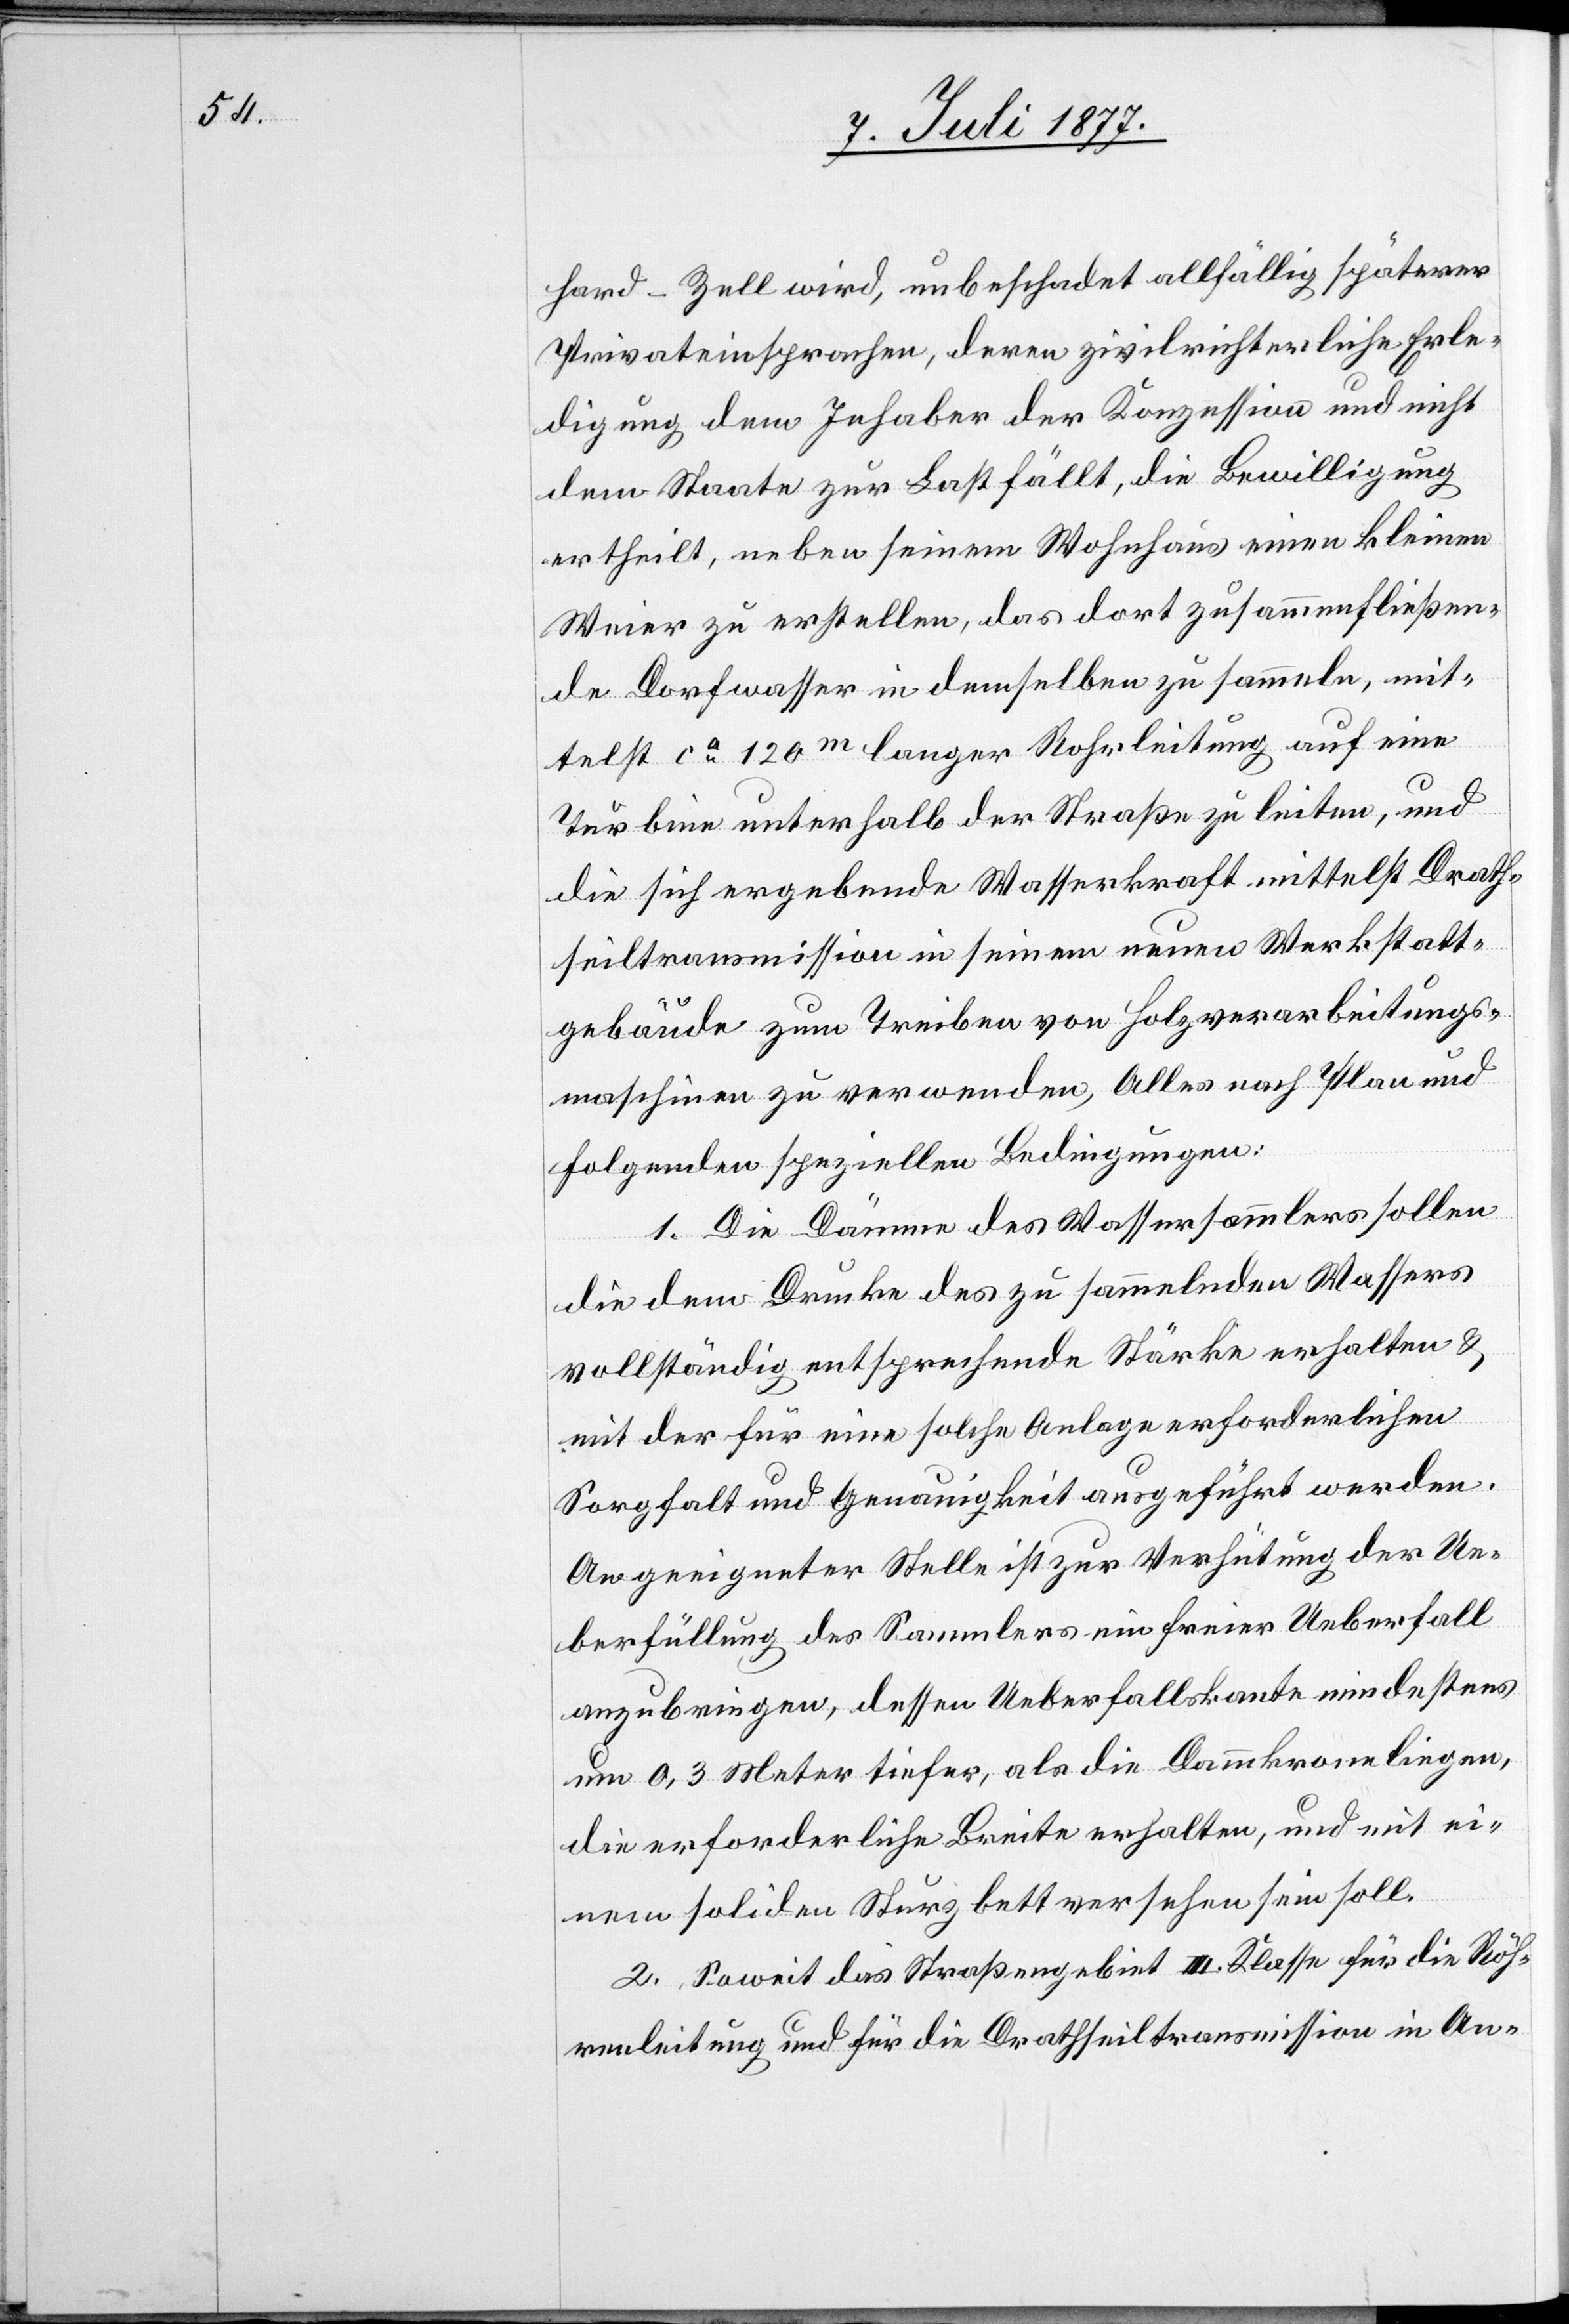
hard - Zell wird, unbeschadet allfällig späterer
Privateinsprachen, deren zivilrichterliche Erle¬
digung dem Inhaber der Konzession und nicht
dem Staate zur Last fällt, die Bewilligung
ertheilt, neben seinem Wohnhaus einen kleinen
Weier zu erstellen, das dort zusammenfließen¬
de Dorfwasser in demselben zu sammeln, mit¬
telst ca 120m langer Rohrleitung auf eine
Turbine unterhalb der Straße zu leiten, und
die sich ergebende Wasserkraft mittelst Drath¬
seiltransmission in seinem neuen Werkstatt¬
gebäude zum Treiben von Holzverarbeitungs¬
maschinen zu verwenden, Alles nach Plan und
folgenden speziellen Bedingungen:
1. Die Dämme des Wassersammlers sollen
die dem Drucke des zu sammelnden Wassers
vollständig entsprechende Stärke erhalten &
mit der für eine solche Anlage erforderlichen
Sorgfalt und Genauigkeit ausgeführt werden.
An geeigneter Stelle ist zur Verhütung der Ue¬
berfüllung des Sammlers ein freier Ueberfall
anzubringen, dessen Ueberfallskante mindestens
um 0,3 Meter tiefer, als die Dammkrone liegen,
die erforderliche Breite erhalten, und mit ei¬
nem soliden Sturzbett versehen sein soll.
2. Soweit das Straßengebiet III. Klasse für die Röh¬
renleitung und für die Drathseiltransmission in An-